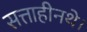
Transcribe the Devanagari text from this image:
सत्ताहीनथे।